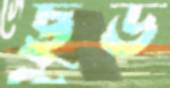
ছুড